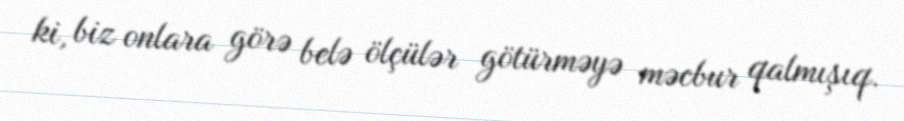
ki, biz onlara görə belə ölçülər götürməyə məcbur qalmışıq.